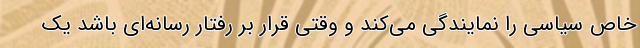
خاص سیاسی را نمایندگی می‌کند و وقتی قرار بر رفتار رسانه‌ای باشد یک